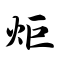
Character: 炬